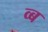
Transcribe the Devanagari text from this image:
व्ब